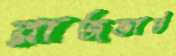
রাজভাট